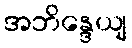
အဘိန္ဒေယျ